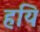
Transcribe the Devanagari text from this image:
हयि